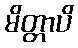
မိတ္တာပိ